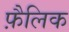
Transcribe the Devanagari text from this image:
फ़ैलिक